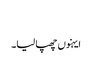
‏
ایہنوں چھپا لیا۔